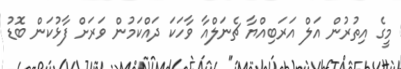
މީގެ އިތުރުން އަލް އަރަބިއްޔާ ޗެނަލްއާ ވާހަކަ ދައްކަމުން ވަރަށް ފާޅުކަން ބޮޑު